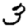
Digit: 3